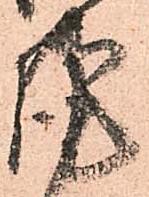
謹